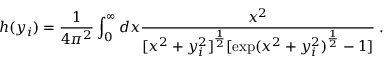
h ( y _ { i } ) = \frac { 1 } { 4 \pi ^ { 2 } } \int _ { 0 } ^ { \infty } d x \frac { x ^ { 2 } } { [ x ^ { 2 } + y _ { i } ^ { 2 } ] ^ { \frac { 1 } { 2 } } [ \exp ( x ^ { 2 } + y _ { i } ^ { 2 } ) ^ { \frac { 1 } { 2 } } - 1 ] } \; .